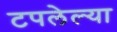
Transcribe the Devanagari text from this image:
टपलेल्या